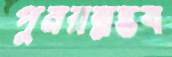
পুনরম্নদ্ভব